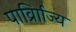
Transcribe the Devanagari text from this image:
पार्व्राािज्य